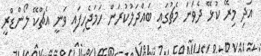
އަދި މިރޭ ކުޅޭ ދެވަނަ މެޗުގައި ބައްދަލުކުރަން ހަމަޖެހިފައި ވަނީ އެޗްކޭ ލޯންޑްރީ